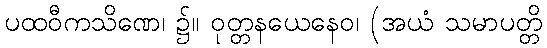
ပထဝီကသိဏေ၊ ၌။ ဝုတ္တနယေနေဝ၊ (အယံ သမာပတ္တိ